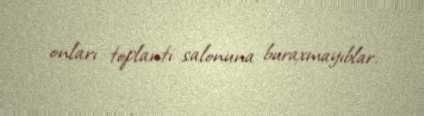
onları toplantı salonuna buraxmayıblar.